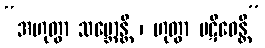
“အဟုတွာ သမ္ဘောန္တိ ၊ ဟုတွာ ပဋိဝေန္တိ”